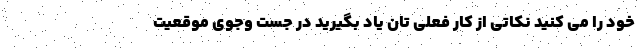
خود را می کنید نکاتی از کار فعلی تان یاد بگیرید در جست وجوی موقعیت